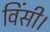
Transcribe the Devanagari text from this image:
विंसी।